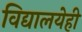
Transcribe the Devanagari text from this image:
विद्यालयेही